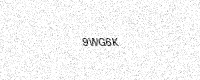
Text: 9WG6K